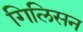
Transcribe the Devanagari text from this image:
गिलिसन